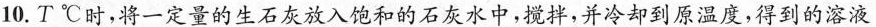
10.T℃时，将一定量的生石灰放入饱和的石灰水中，搅拌，并冷却到原温度，得到的溶液